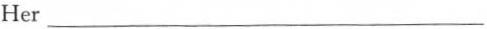
Her ___